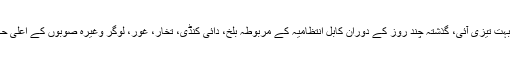
اس سال الفتح آپریشن کے آغاز سے اضلاع کے مراکز کے سقوط کے سلسلے میں بہت تیزی آئی، گذشتہ چند روز کے دوران کابل انتظامیہ کے مربوطہ بلخ، دائی کنڈی، تخار، غور، لوگر وغیرہ صوبوں کے اعلی حکام نے ذرائع ابلاغ کو بتایا کہ مذکورہ صوبوں کے اضلاع کو سقوط کا سامنا ہے۔